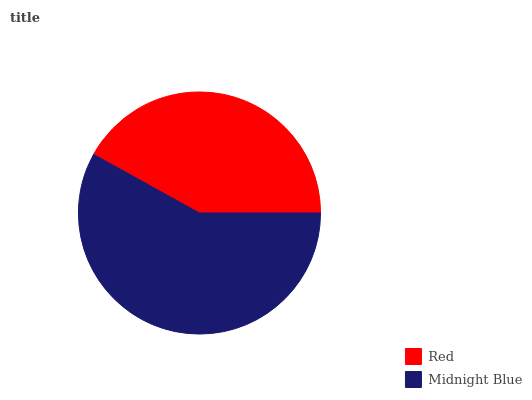
| Red | Midnight Blue |
 | --- | --- |
 | 42% | 58% |